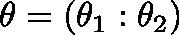
\mathbf { \theta } = \left( \mathbf { \theta } _ { 1 } : \mathbf { \theta } _ { 2 } \right)